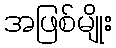
အဖြစ်မျိုး